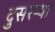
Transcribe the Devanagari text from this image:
दुसरऱ्या